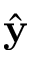
\hat { \bf y }